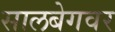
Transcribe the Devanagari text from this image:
सालबेगवर